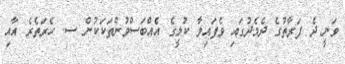
ވަނީ ދެ ފަރާތުގެ ދެމެދުގައި ވެފައިވާ ކުލީގެ އެއްބަސްވުންތަކަކުން ސ. ހެރަތެރެ އާއި